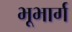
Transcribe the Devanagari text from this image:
भूभार्ग